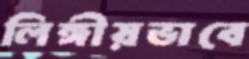
লিঙ্গীয়ভাবে